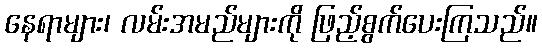
နေရာများ၊ လမ်းအမည်များကို ဖြည့်စွက်ပေးကြသည်။